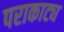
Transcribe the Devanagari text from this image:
पराकाट्य